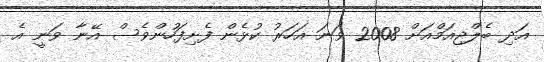
އަދި ބެލްޖިއަމްއަށް 2008 ވަނަ އަހަރު ކުޅެން ފެށިފަހުންވެސް އޭނާ ވަނީ އެ